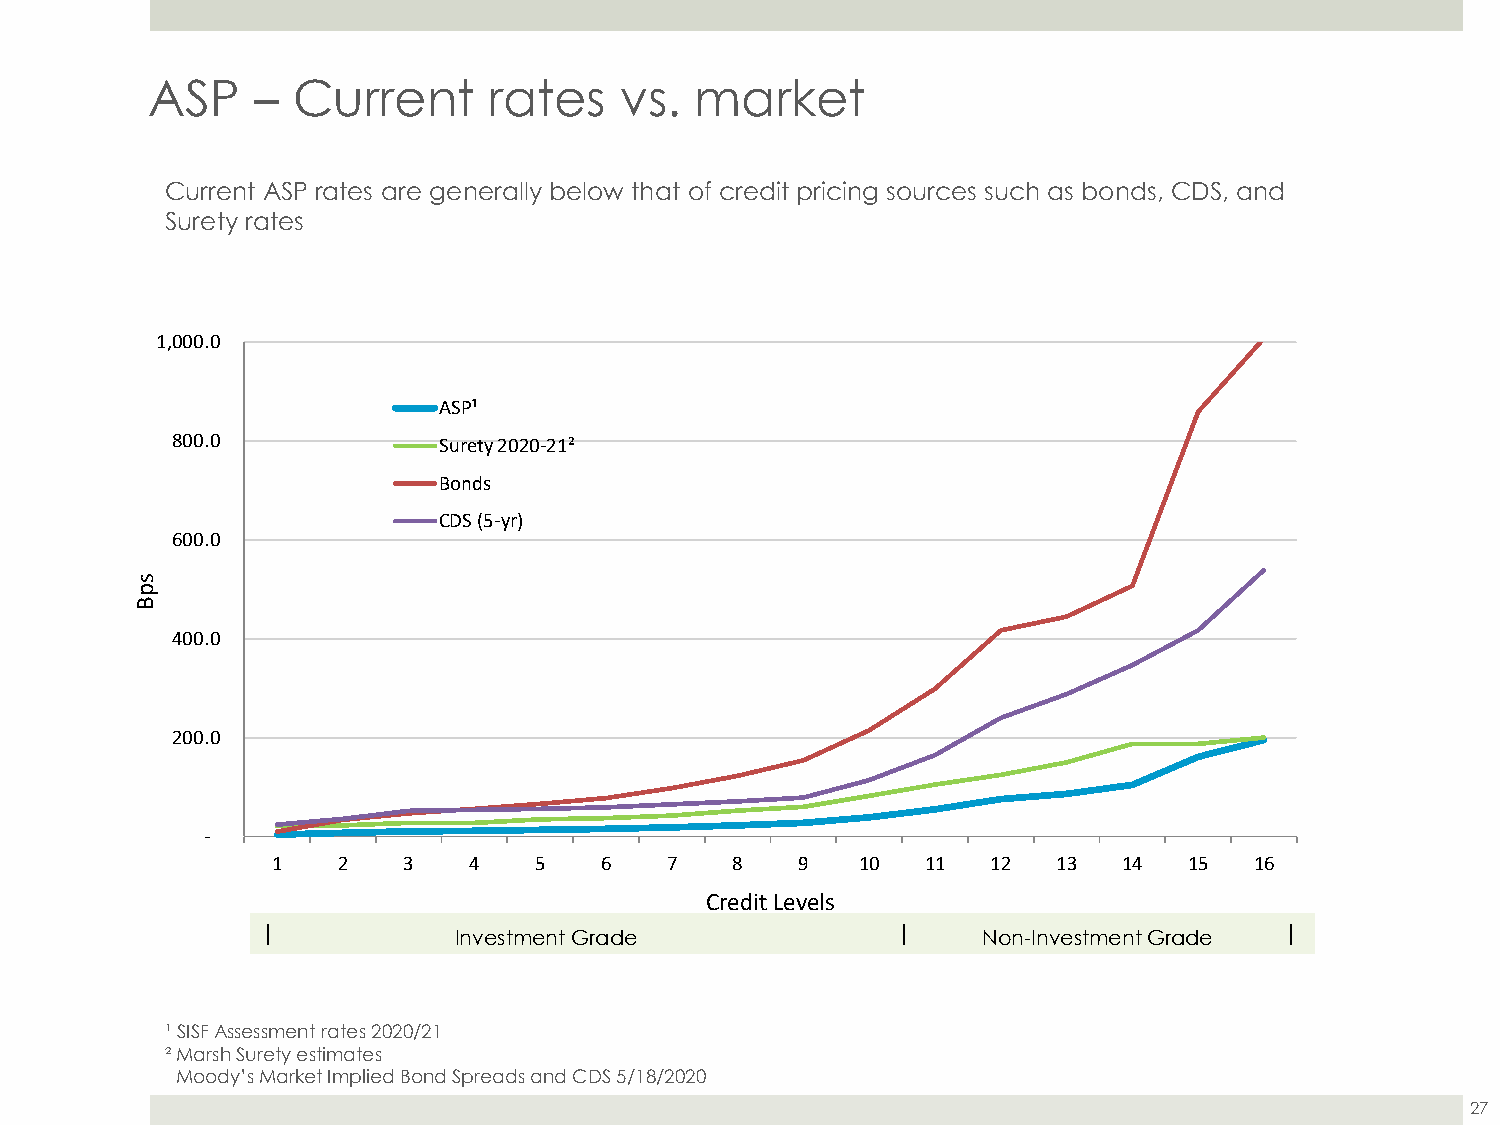
ASP    – Current      rates    vs.  market
 Current ASP rates are generally below that of credit pricing sources such as bonds, CDS, and
 Surety rates
 1,000.0
 ASP¹
 800.0             Surety 2020-21²
 Bonds
 CDS (5-yr)
 600.0
 s
 p
 B
 400.0
 200.0
 -
 1   2    3   4   5    6   7   8    9   10  11   12  13  14   15  16
 Credit Levels
 I                                         I                        I
 InvestmentGrade                    Non-Investment Grade
 ¹ SISF Assessment rates 2020/21
 ² Marsh Surety estimates
 Moody’s Market Implied Bond Spreads and CDS 5/18/2020
 27